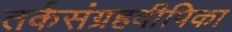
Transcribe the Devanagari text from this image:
तर्कसंग्रहदीपिका